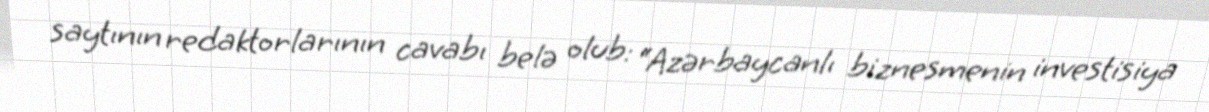
saytının redaktorlarının cavabı belə olub: “Azərbaycanlı biznesmenin investisiya